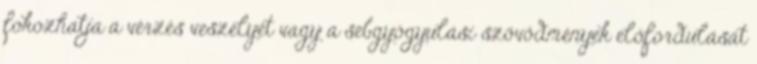
fokozhatja a vérzés veszélyét vagy a sebgyógyulási szövődmények előfordulását